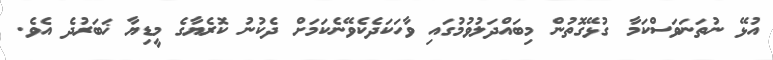
އުޅޭ ނުތަނަވަސްކަމާ ގުޅޭގޮތުން މިބައްދަލުވުމުގައި ވާހަކަދެކެވޭނެކަމަށް ދެކުނު ކޮރެޔާގެ މީޑިޔާ ޚަބަރުދެ އެވެ.